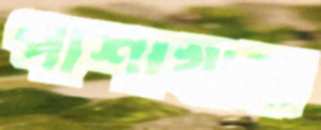
পাশাখানা